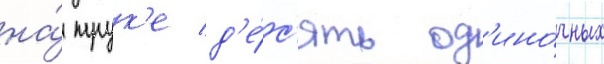
на́ трук'е д'е́с'ять од'ино́чных